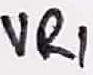
Text: VR1